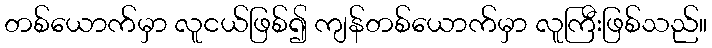
တစ်ယောက်မှာ လူငယ်ဖြစ်၍ ကျန်တစ်ယောက်မှာ လူကြီးဖြစ်သည်။